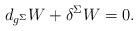
LaTeX: \begin{align*}d _{g^{\Sigma}}W + \delta^{\Sigma} W = 0. \end{align*}